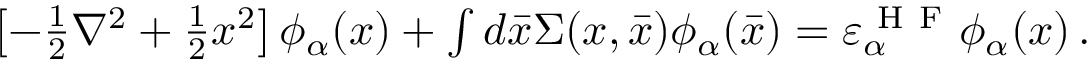
\begin{array} { r } { \left[ - \frac { 1 } { 2 } \nabla ^ { 2 } + \frac { 1 } { 2 } x ^ { 2 } \right] \phi _ { \alpha } ( x ) + \int d \bar { x } \Sigma ( x , \bar { x } ) \phi _ { \alpha } ( \bar { x } ) = \varepsilon _ { \alpha } ^ { \mathrm { ~ H ~ F ~ } } \phi _ { \alpha } ( x ) \, . } \end{array}